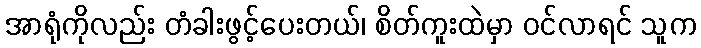
အာရုံကိုလည်း တံခါးဖွင့်ပေးတယ်၊ စိတ်ကူးထဲမှာ ဝင်လာရင် သူက